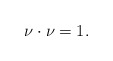
\begin{align*} \nu \cdot \nu =1.\end{align*}